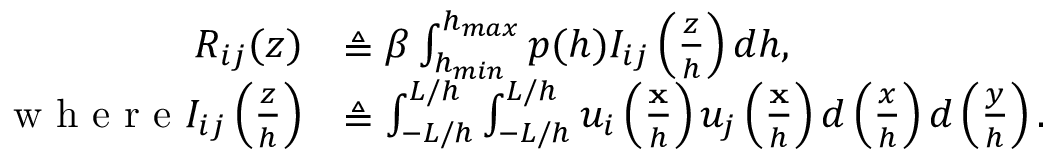
\begin{array} { r l } { R _ { i j } ( z ) } & { \triangleq \beta \int _ { h _ { m i n } } ^ { h _ { m a x } } p ( h ) I _ { i j } \left( \frac { z } { h } \right) d h , } \\ { \textrm { w h e r e } I _ { i j } \left( \frac { z } { h } \right) } & { \triangleq \int _ { - L / h } ^ { L / h } \int _ { - L / h } ^ { L / h } u _ { i } \left( \frac { \mathbf { x } } { h } \right) u _ { j } \left( \frac { \mathbf { x } } { h } \right) d \left( \frac { x } { h } \right) d \left( \frac { y } { h } \right) . } \end{array}